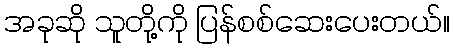
အခုဆို သူတို့ကို ပြန်စစ်ဆေးပေးတယ်။